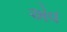
એવ